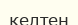
келтен